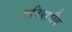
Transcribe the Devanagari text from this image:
शनिवारीय